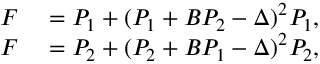
\begin{array} { r l } { F } & { { } = P _ { 1 } + ( P _ { 1 } + B P _ { 2 } - \Delta ) ^ { 2 } P _ { 1 } , } \\ { F } & { { } = P _ { 2 } + ( P _ { 2 } + B P _ { 1 } - \Delta ) ^ { 2 } P _ { 2 } , } \end{array}